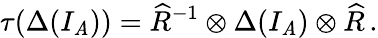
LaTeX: \tau(\Delta(I_{\mathit{A}}))=\widehat{{R}}^{-1}\otimes\Delta(I_{\mathit{A}})\otimes\widehat{{R}}\, .